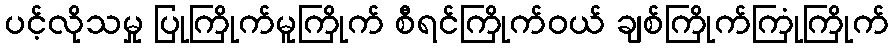
ပင့်လိုသမှု ပြုကြိုက်မူကြိုက် စီရင်ကြိုက်ဝယ် ချစ်ကြိုက်ကြုံကြိုက်